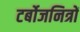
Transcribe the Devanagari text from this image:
टर्बोजनित्रों